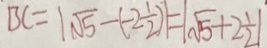
B C = \vert \sqrt { 5 } - ( - 2 \frac { 1 } { 2 } ) \vert = \vert \sqrt { 5 } + 2 \frac { 1 } { 2 } \vert